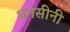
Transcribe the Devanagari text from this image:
धनसीनी